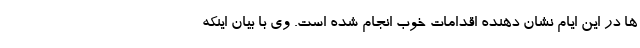
ها در این ایام نشان دهنده اقدامات خوب انجام شده است. وی با بیان اینکه